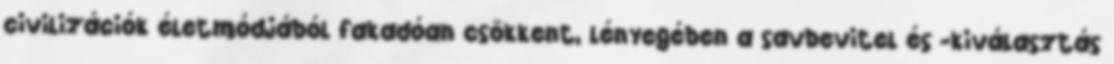
civilizációk életmódjából fakadóan csökkent, lényegében a savbevitel és -kiválasztás